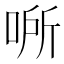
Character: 𰇵